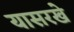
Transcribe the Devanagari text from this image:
यासरखे